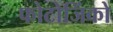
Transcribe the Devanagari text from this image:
फोटोजिंको